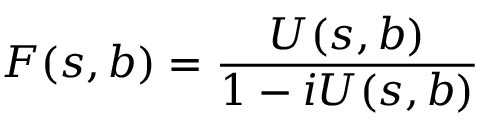
F ( s , b ) = \frac { U ( s , b ) } { 1 - i U ( s , b ) }